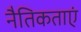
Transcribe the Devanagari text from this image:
नैतिकताएं